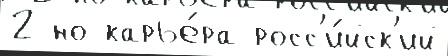
2 но карье́ра росс'и́йск'ий